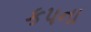
કપના